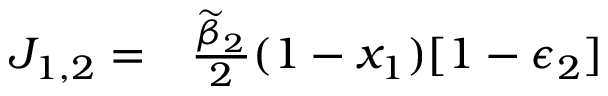
\begin{array} { r l } { J _ { 1 , 2 } = } & { { } \frac { \widetilde { \beta } _ { 2 } } { 2 } ( 1 - x _ { 1 } ) [ 1 - \epsilon _ { 2 } ] } \end{array}